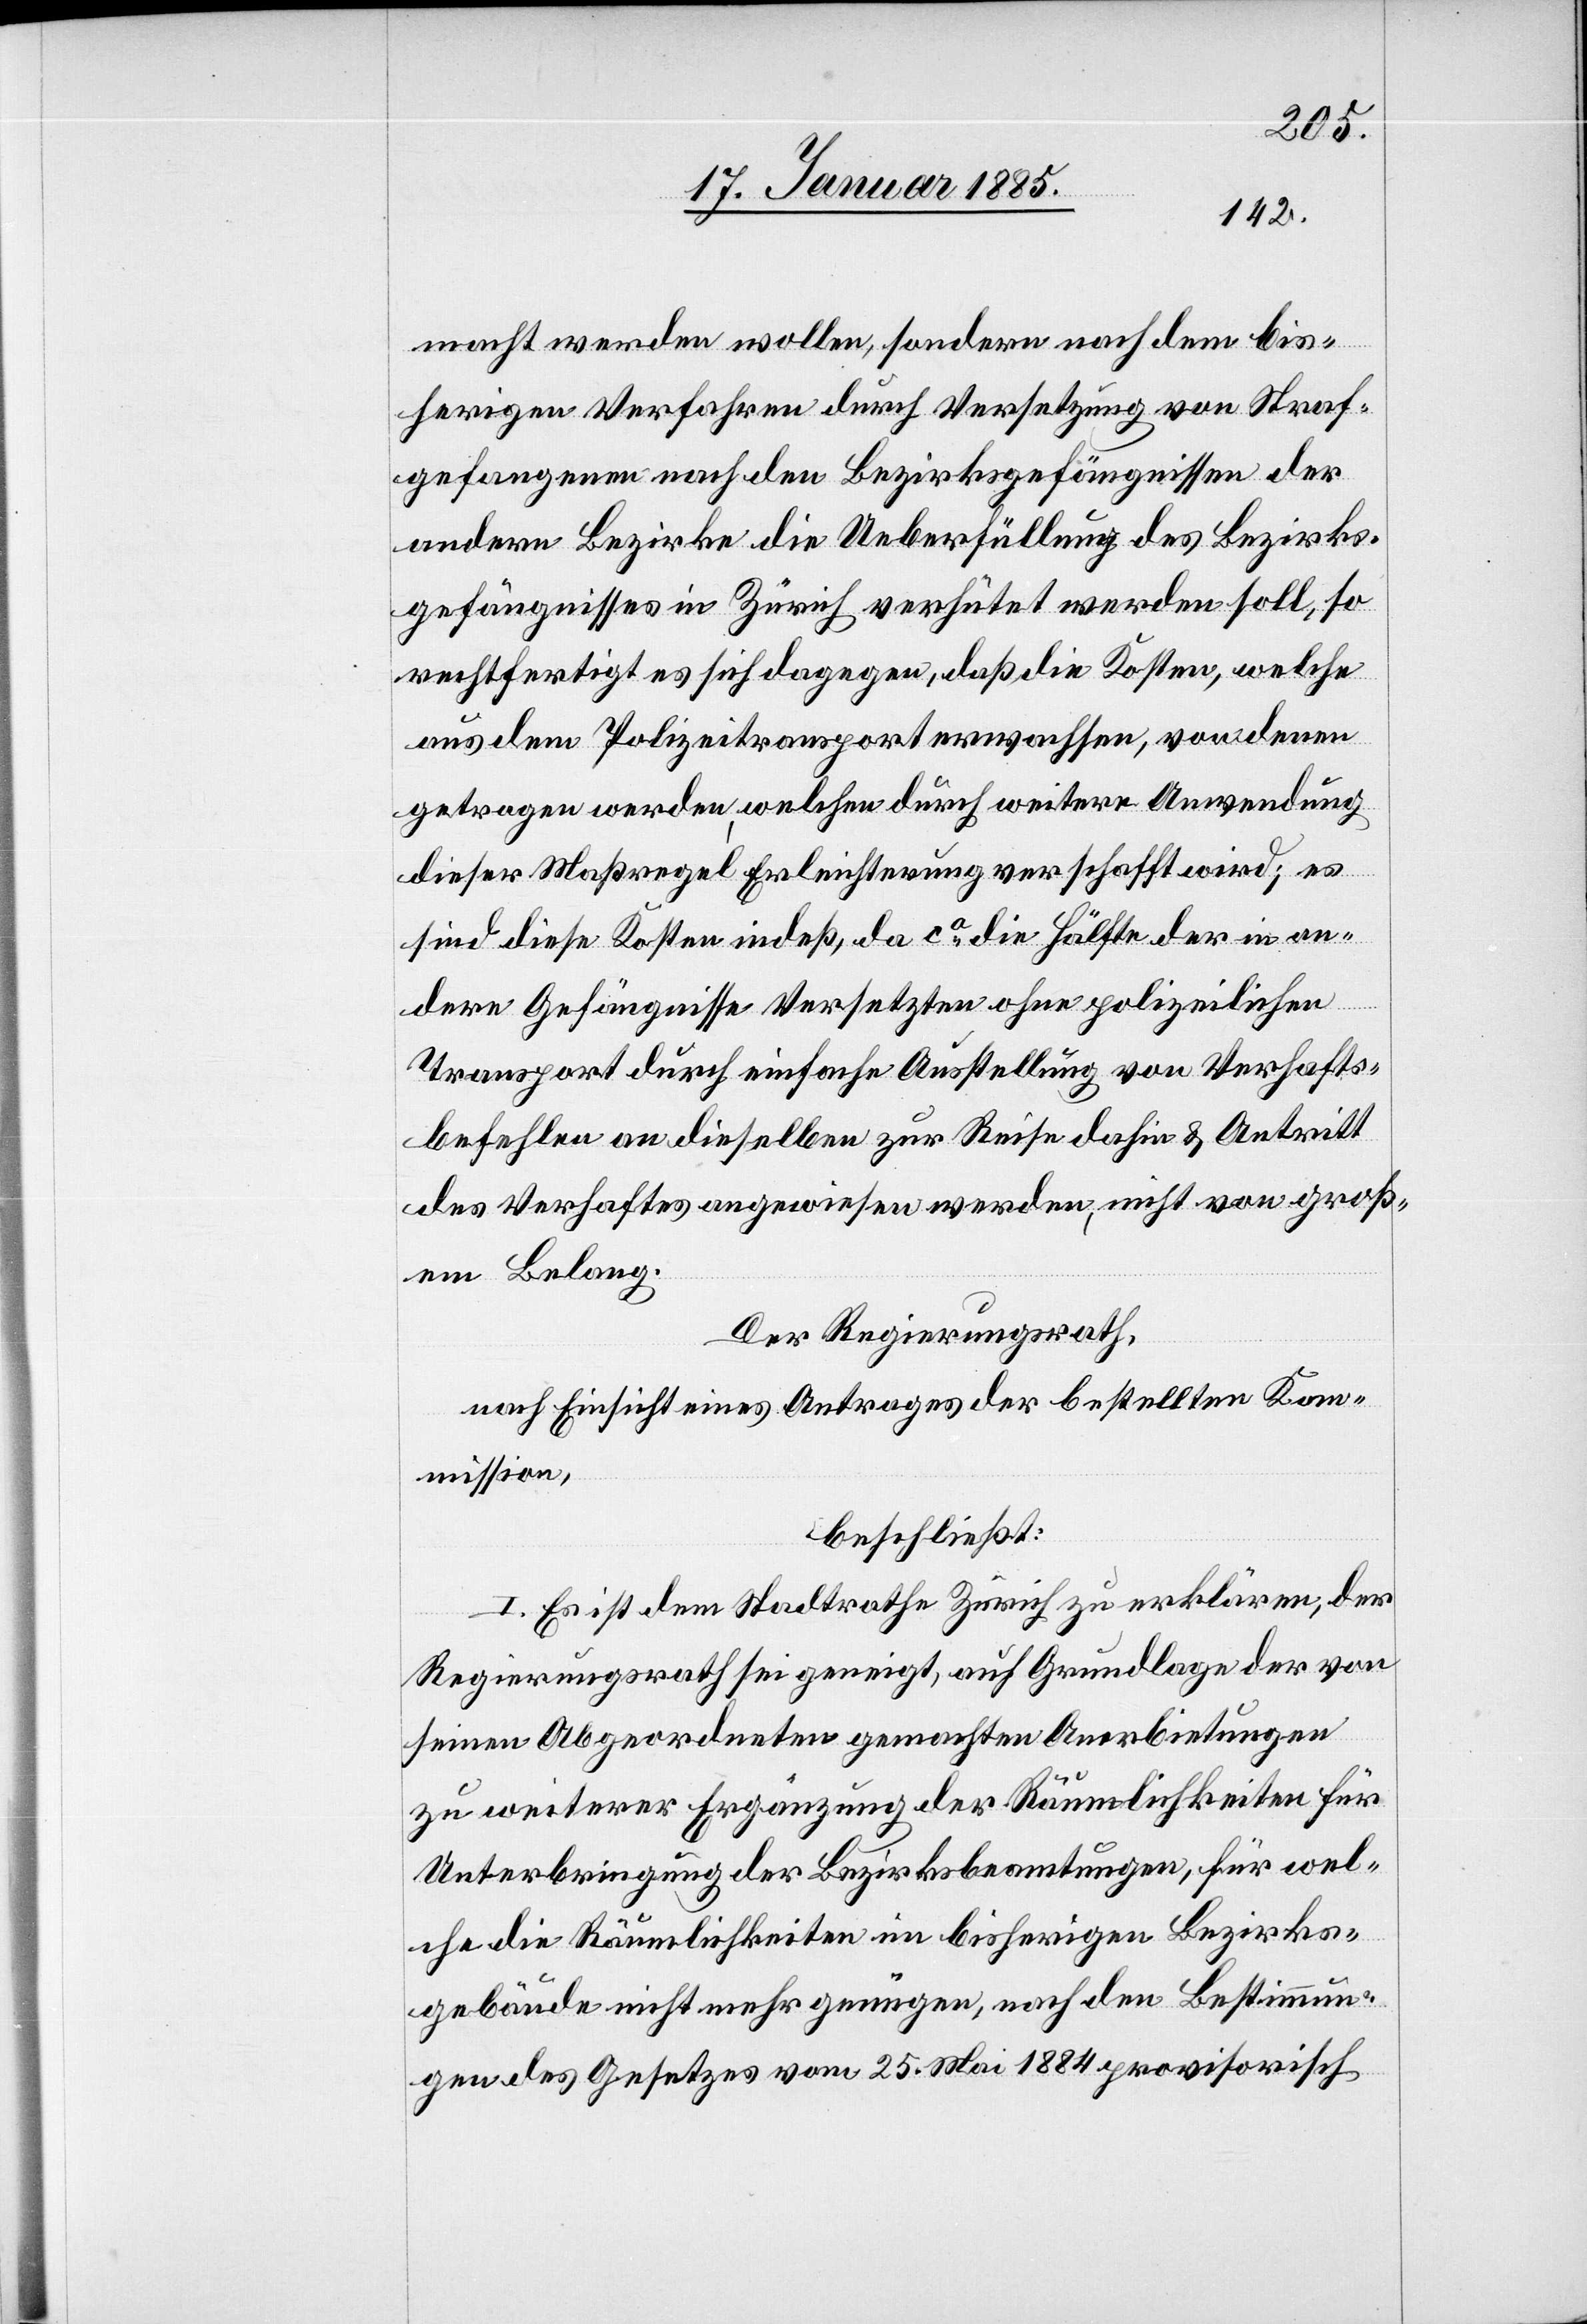
macht werden wollen, sondern nach dem bis¬
herigen Verfahren durch Versetzung von Straf¬
gefangenen nach den Bezirksgefängnissen der
andern Bezirke die Ueberfüllung des Bezirks¬
gefängnisses in Zürich verhütet werden soll, so
rechtfertigt es sich dagegen, daß die Kosten, welche
aus dem Polizeitransport erwachsen, von denen
getragen werden, welchen durch weitere Anwendung
dieser Maßregel Erleichterung verschafft wird; es
sind diese Kosten indeß da ca die Hälfte der in an¬
dere Gefängnisse Versetzten ohne polizeilichen
Transport durch einfache Ausstellung von Verhafts¬
befehlen an dieselben zur Reise dahin & Antritt
des Verhafts angewiesen werden, nicht von groß¬
em Belang.
Der Regierungsrath,
nach Einsicht eines Antrages der bestellten Kom¬
mission,
beschließt:
I. Es ist dem Stadtrathe Zürich zu erklären, der
Regierungsrath sei geneigt, auf Grundlage von
seinen Abgeordneten gemachten Anerbietungen
zu weiterer Ergänzung der Räumlichkeiten für
Unterbringung der Bezirksbeamtungen, für wel¬
che die Räumlichkeiten im bisherigen Bezirks¬
gebäude nicht mehr genügen, nach den Bestimmun¬
gen des Gesetzes vom 25. Mai 1884 provisorisch